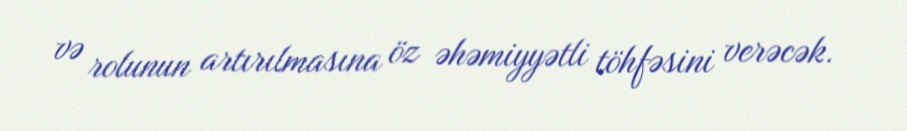
və rolunun artırılmasına öz əhəmiyyətli töhfəsini verəcək.